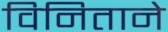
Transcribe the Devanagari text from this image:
विनिताने